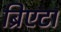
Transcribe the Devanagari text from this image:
ब्रिएटा